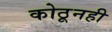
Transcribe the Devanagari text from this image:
कोठूनही